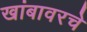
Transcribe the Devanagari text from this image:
खांबावरचे